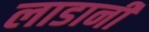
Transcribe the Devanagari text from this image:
लाडानी